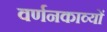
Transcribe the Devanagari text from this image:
वर्णनकाव्यों